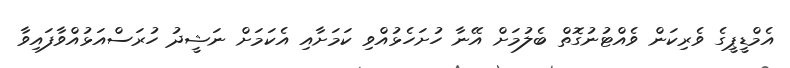
އެމްޑީޕީގެ ވެރިކަން ވެއްޓުނުގޮތް ބެލުމަށް އޭނާ ހުށަހެޅުއްވި ކަމަށާއި އެކަމަށް ނަޝީދު ހުރަސްއަޅުއްވާފައިވާ